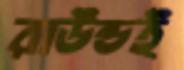
রাউন্ডই